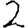
Digit: 2